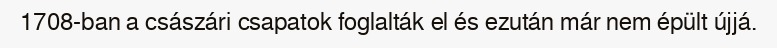
1708-ban a császári csapatok foglalták el és ezután már nem épült újjá.